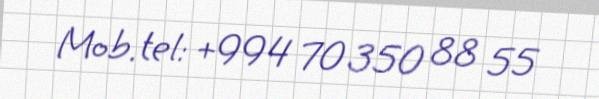
Mob. tel: +994 70 350 88 55